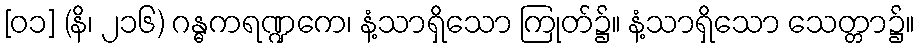
[၀၁] (နိ၊ ၂၁၆) ဂန္ဓကရဏ္ဍကေ၊ နံ့သာရှိသော ကြုတ်၌။ နံ့သာရှိသော သေတ္တာ၌။